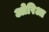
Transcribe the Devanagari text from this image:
ओरिआ